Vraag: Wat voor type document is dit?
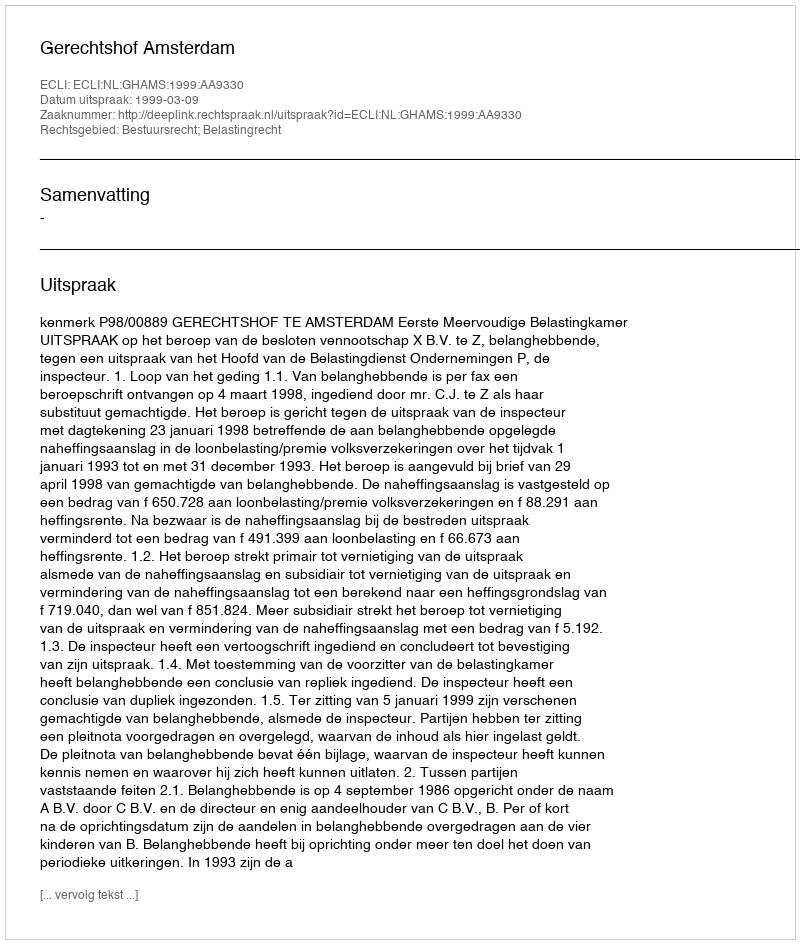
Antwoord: Uitspraak